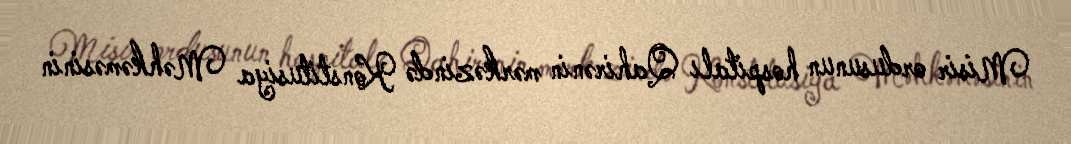
Misir ordusunun hospitalı Qahirənin mərkəzində Konstitusiya Məhkəməsinin